Annual administration and progress report of the Indian Medical Department, Bombay
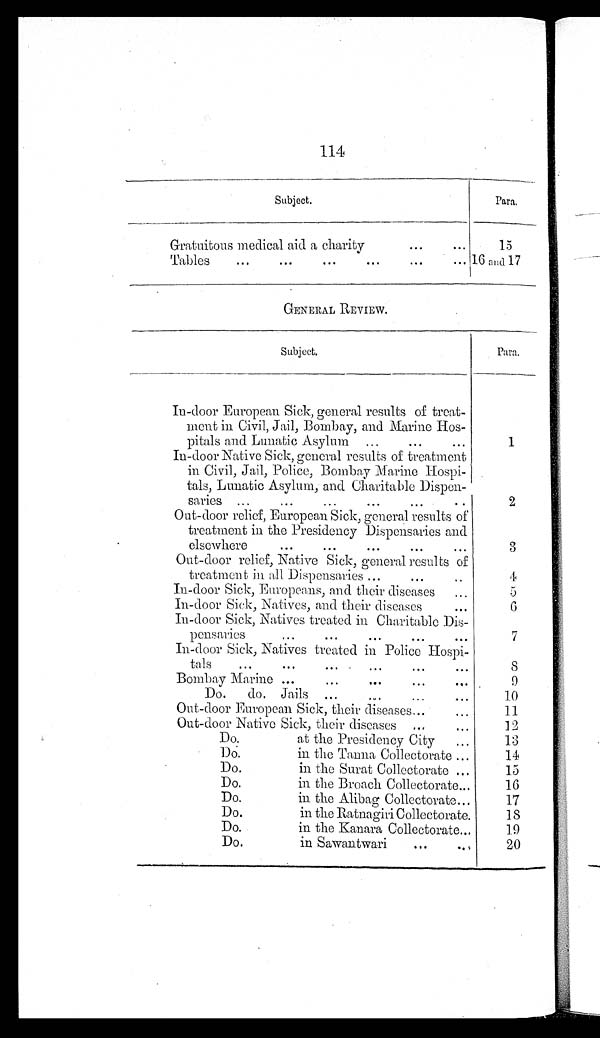
114
Subject.
Para.
Gratuitous medical aid a charity
...
.
1 5
Tables
...
...
...
...
...
...
1 6 a
n d 1 7
GENERAL REVIEW.
Subject.
Para.
In-door European Sick, general results of treat-
ment in Civil, Jail, Bombay, and Marine Hos-
pitals and Lunatic Asylum ...
...
...
1
In-door Native Sick, general results of treatment
in Civil, Jail, Police, Bombay Marine Hospi-
tals, Lunatic Asylum, and Charitable Dispen-
saries ...
...
...
...
... .
2
Out-door relief, European Sick, general results of
treatment in the Presidency Dispensaries and
elsewhere
...
...
...
...
...
3
Out-door relief, Native Sick, general results of
treatment in all Dispensaries ... ... ..
4
In-door Sick, Europeans, and their diseases
...
5
In-door Sick, Natives, and their diseases
...
6
In-door Sick, Natives treated in Charitable Dis-
pensaries
...
...
...
...
...
7
In-door Sick, Natives treated in Police Hospi-
tals
...
...
.. . ... ... ...
8
Bombay Marine ...
...
...
...
...
9
Do.
do. Jails ...
...
...
....
10
Out-door European Sick, their diseases...... 11
Out-door Native Sick, their diseases
......
12
Do.
at the Presidency City
...
13
Do.
in the Tanna Collectorate ...
14
Do.
in the Surat Collectorate ...
15
Do.
in the Broach Collectorate...
16
Do.
in the Alibag Collectorate...
17
Do.
in the Ratnagiri Collectorate.
18
Do.
in the Kanara Collectorate...
19
Do.
in Sawantwari
. .. ...
20